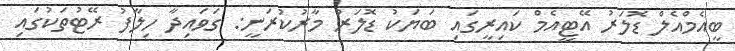
ބީއެމްއެލް ޑޮލަރު އޭޓީއެމް ކައިރީގައި ބަޔަކު ޑޮލަރު މާރުކުރަނީ: ގަވައިދާ ހިލާފު ރޭޓުތަކުގައި